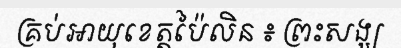
គ្រប់អាយុខេត្តប៉ៃលិន ៖ ព្រះសង្ឃ